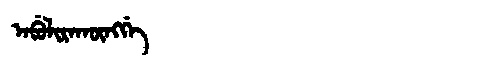
Manchu: ᠠᠪᡠᠯᡳᡵᠠᡴᡡᠩᡤᡝ
Romanization: ABULIRAKŪNGGE